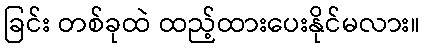
ခြင်း တစ်ခုထဲ ထည့်ထားပေးနိုင်မလား။